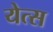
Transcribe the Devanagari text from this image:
येत्स